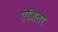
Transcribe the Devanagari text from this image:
एंजिला